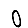
Digit: 0